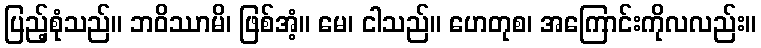
ပြည့်စုံသည်။ ဘဝိဿာမိ၊ ဖြစ်အံ့။ မေ၊ ငါသည်။ ဟေတုစ၊ အကြောင်းကိုလလည်း။